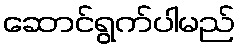
ဆောင်ရွက်ပါမည်